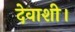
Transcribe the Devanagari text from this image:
देवाशी।